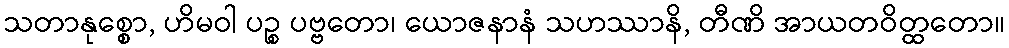
သတာနုစ္စော, ဟိမဝါ ပဉ္စ ပဗ္ဗတော၊ ယောဇနာနံ သဟဿာနိ, တီဏိ အာယတဝိတ္ထတော။